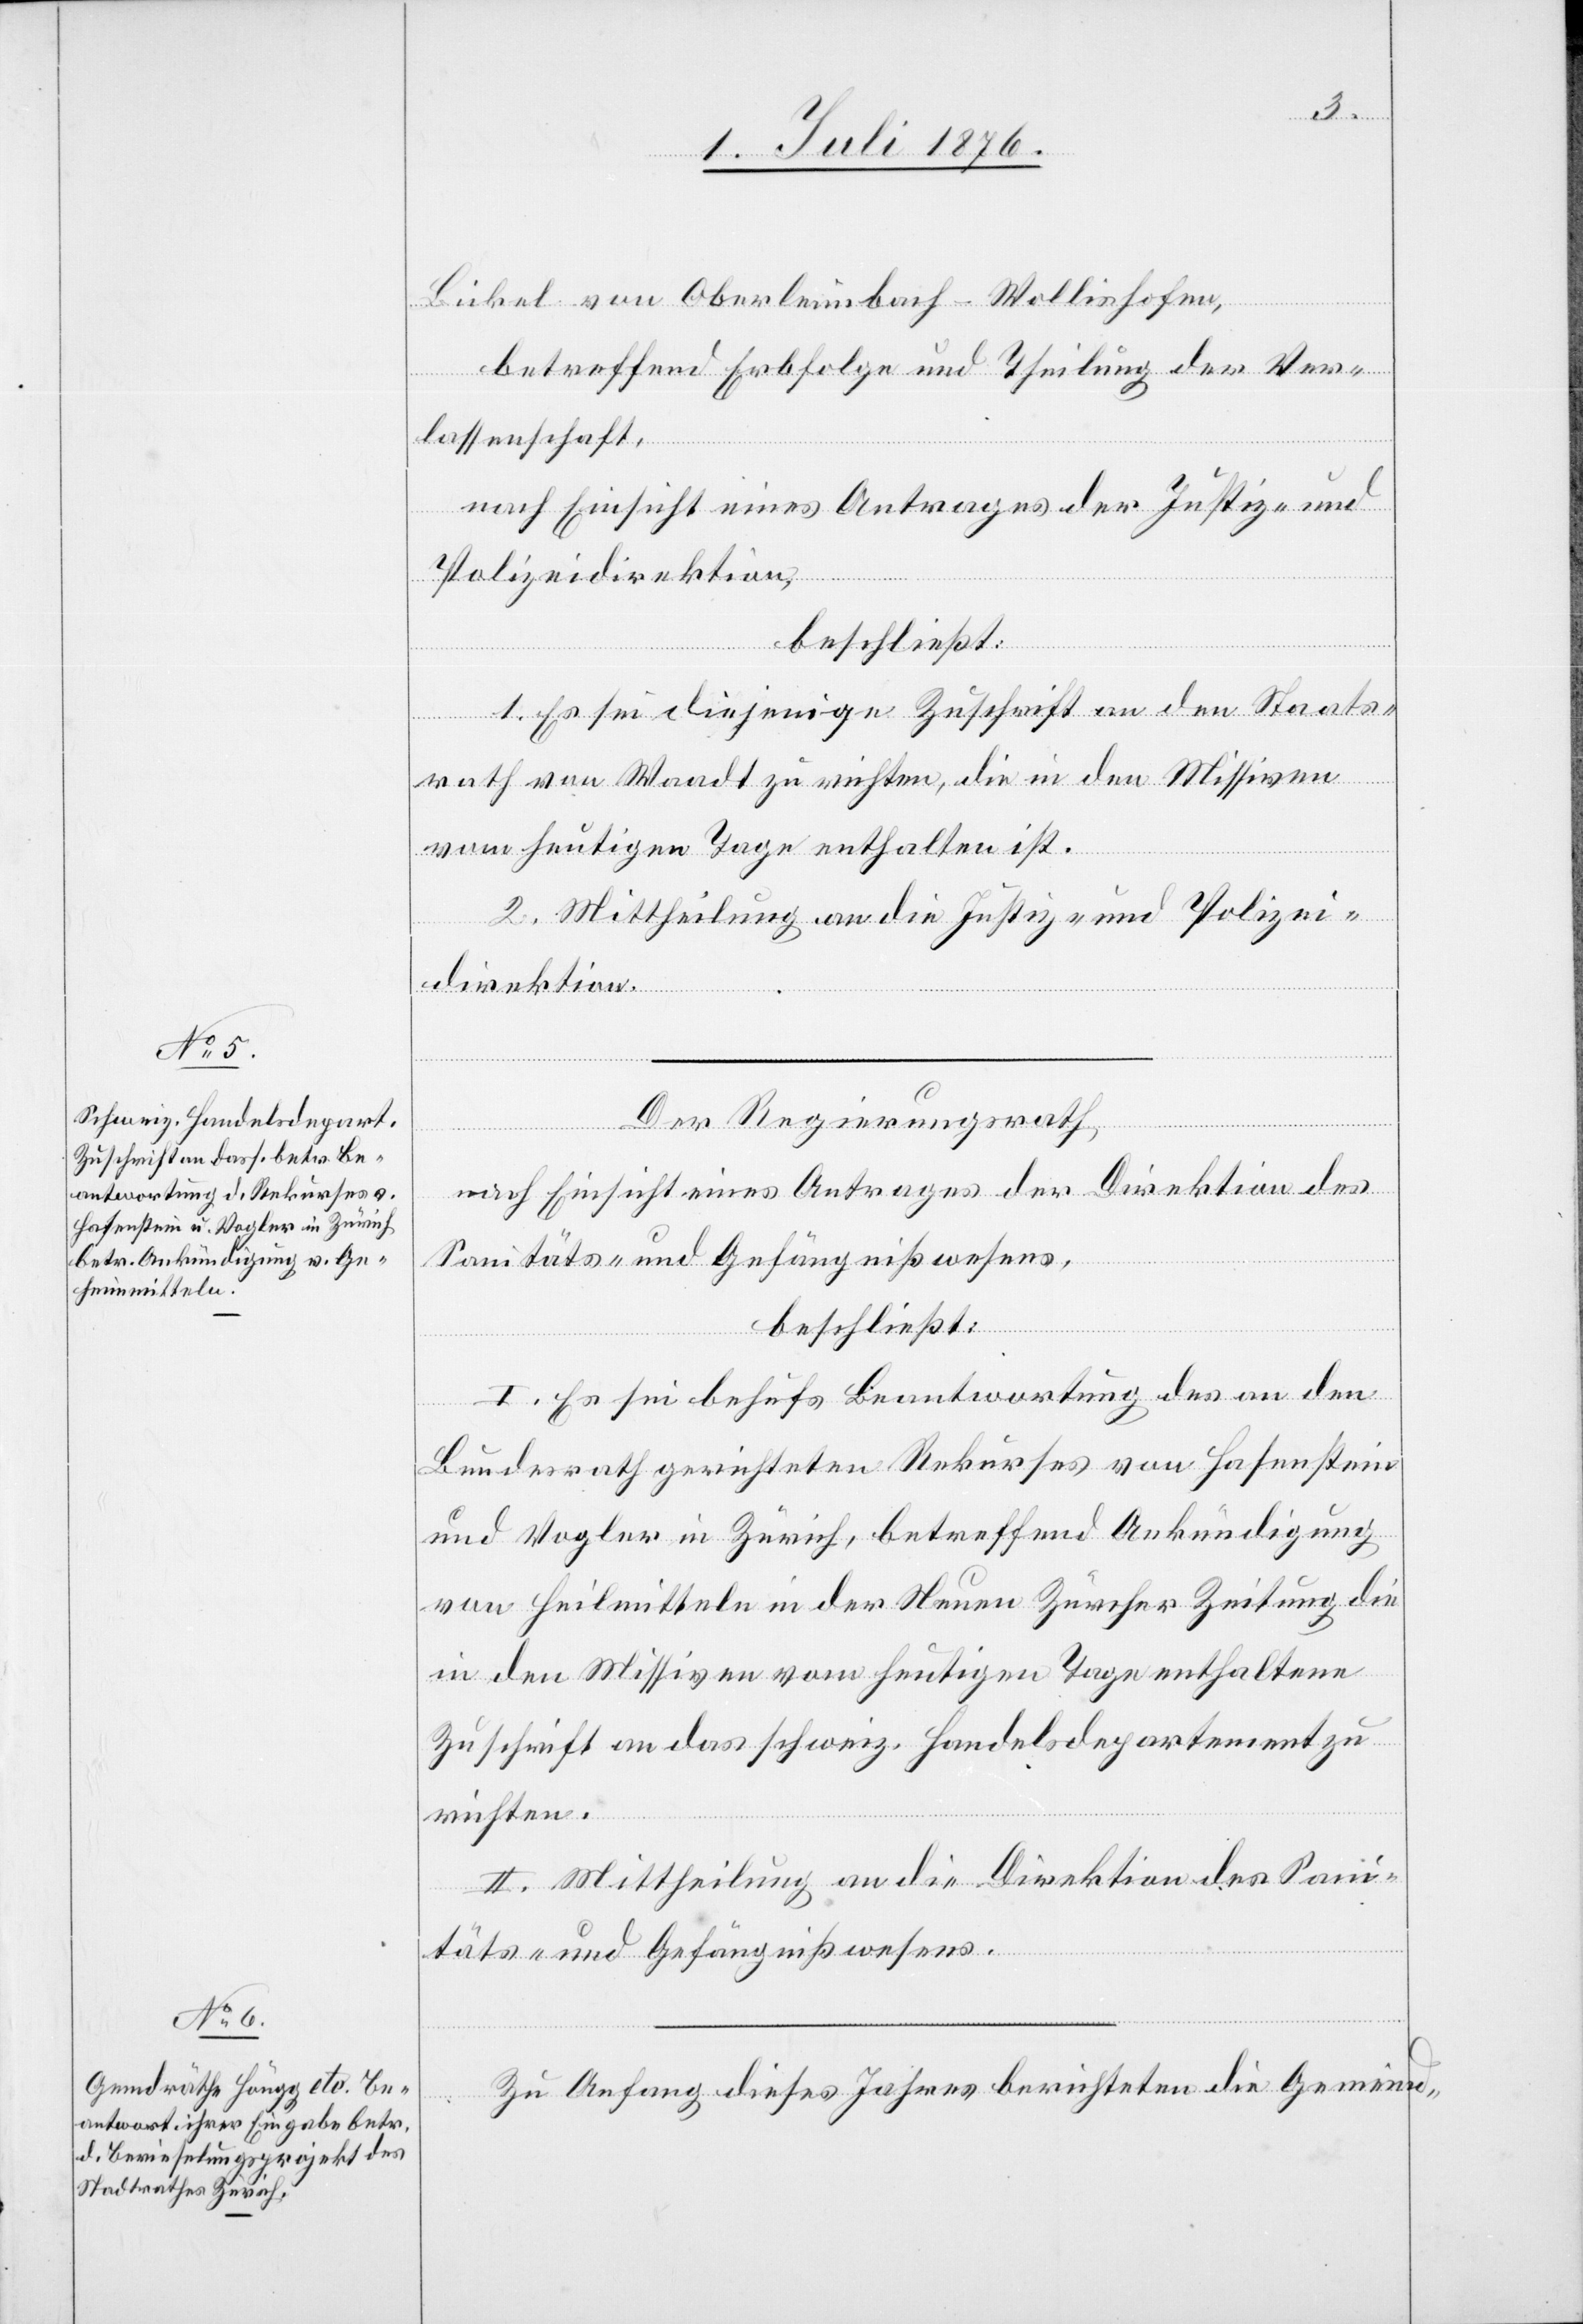
Bickel von Oberleimbach - Wollishofen,
betreffend Erbfolge und Theilung der Ver¬
lassenschaft,
nach Einsicht eines Antrages der Justiz- und
Polizeidirektion,
beschließt:
1. Es sei diejenige Zuschrift an den Staats¬
rath von Waadt zu richten, die in den Missiven
vom heutigen Tage enthalten ist.
2. Mittheilung an die Justiz- und Polizei¬
direktion.
Der Regierungsrath,
nach Einsicht eines Antrages der Direktion des
Sanitäts- und Gefängnißwesens,
beschließt:
I. Es sei behufs Beantwortung des an den
Bundesrath gerichteten Rekurses von Hasenstein
und Vogler in Zürich, betreffend Ankündigung
von Heilmitteln [sic!] in der Neuen Zürcher Zeitung die
in den Missiven vom heutigen Tage enthaltene
Zuschrift an das schweiz. Handelsdepartement zu
richten.
II. Mittheilung an die Direktion des Sani¬
täts- und Gefängnißwesens.
Zu Anfang dieses Jahres berichteten die Gemeind-